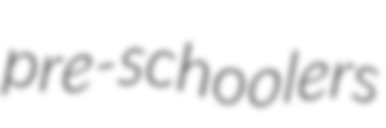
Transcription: pre-schoolers